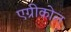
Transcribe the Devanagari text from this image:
एग्रीकोल